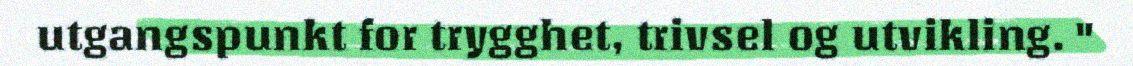
utgangspunkt for trygghet, trivsel og utvikling. "